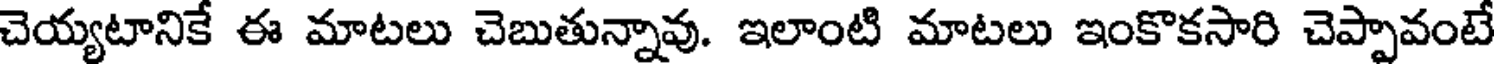
చెయ్యటానికే ఈ మాటలు చెబుతున్నావు. ఇలాంటి మాటలు ఇంకొకసారి చెప్పావంటే